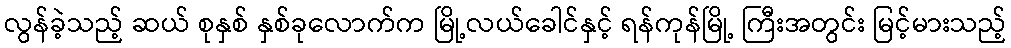
လွန်ခဲ့သည့် ဆယ် စုနှစ် နှစ်ခုလောက်က မြို့လယ်ခေါင်နှင့် ရန်ကုန်မြို့ ကြီးအတွင်း မြင့်မားသည့်